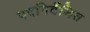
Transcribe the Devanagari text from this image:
पदनिर्देशित